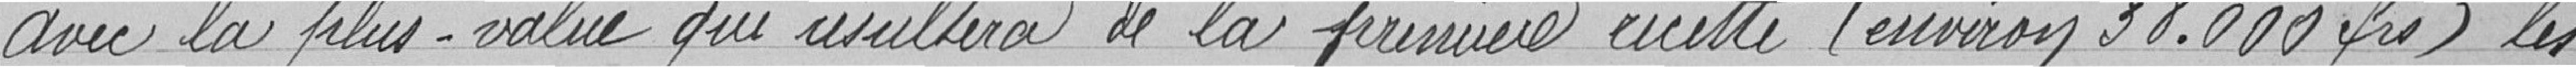
Avec la plus-value qui résultera de la première recette (environ 38.000 francs) les